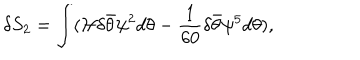
\delta S _ { 2 } = \int ( { \cal H } \delta \bar { \theta } \psi ^ { 2 } d \theta - { \frac { 1 } { 6 0 } } \delta \bar { \theta } \psi ^ { 5 } d \theta ) ,